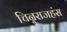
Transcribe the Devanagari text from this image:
चिन्नराजहंस